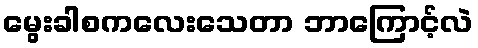
မွေးခါစကလေးသေတာ ဘာကြောင့်လဲ